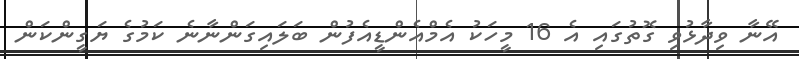
އޭނާ ވިދާޅުވި ގޮތުގައި އެ 16 މީހަކު އެމްއެންޑީއެފުން ބަލައިގަންނާނެ ކަމުގެ ޔަގީންކަން